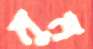
মুম